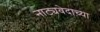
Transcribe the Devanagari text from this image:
नाट्यवेदाच्या